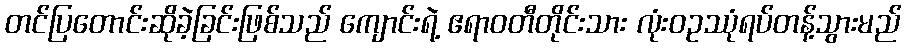
တင်ပြတောင်းဆိုခဲ့ခြင်းဖြစ်သည် ကျောင်းရဲ့ ဧရာဝတီတိုင်းသား လုံးဝဥဿုံရပ်တန့်သွားမည်